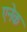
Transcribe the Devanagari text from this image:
एनेक